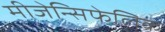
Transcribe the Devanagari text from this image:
मीजेन्सिफेलिक